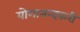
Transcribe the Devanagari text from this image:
योगानन्दकरी